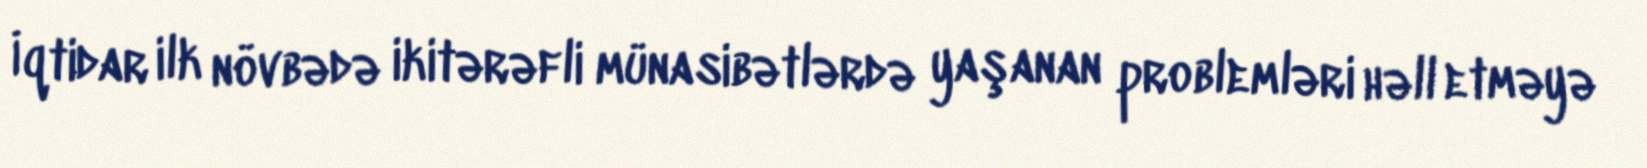
İqtidar ilk növbədə ikitərəfli münasibətlərdə yaşanan problemləri həll etməyə